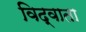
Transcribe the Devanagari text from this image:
विद्वाता